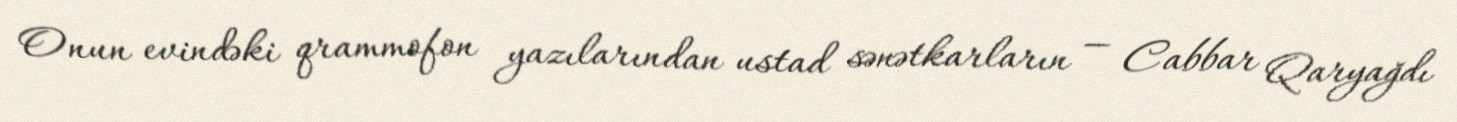
Onun evindəki qrammofon yazılarından ustad sənətkarların — Cabbar Qaryağdı